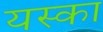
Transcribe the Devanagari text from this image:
यस्का